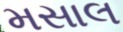
મસાલ